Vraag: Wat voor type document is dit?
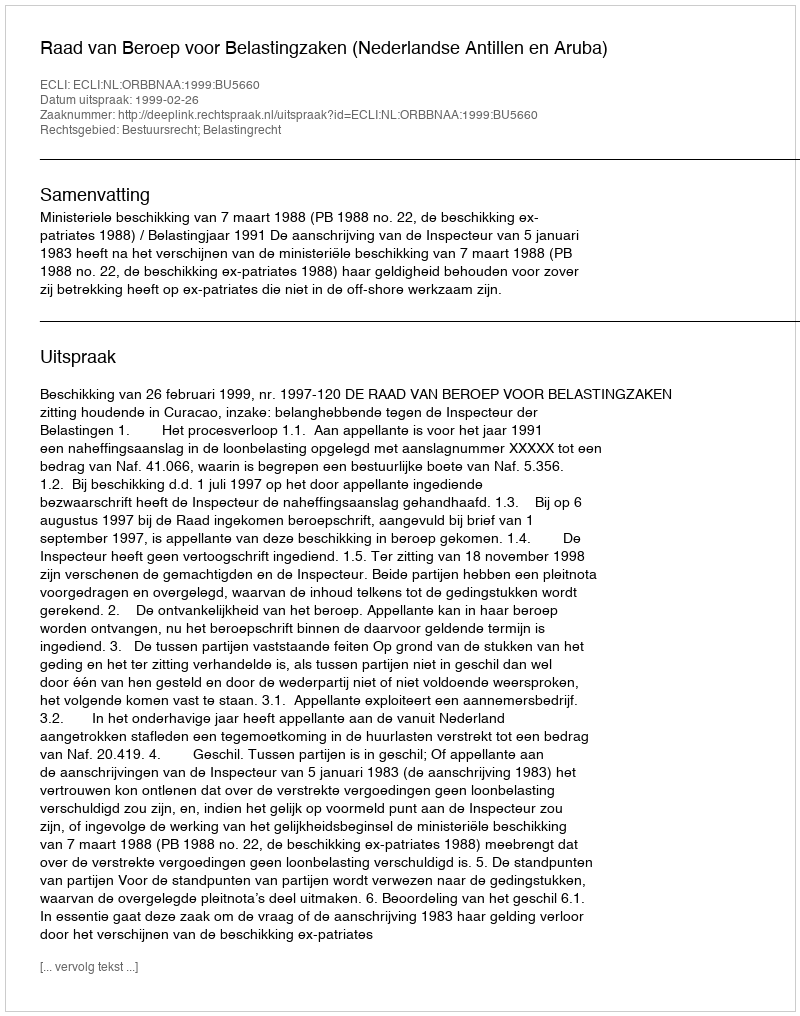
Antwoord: Uitspraak